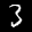
Label: 3